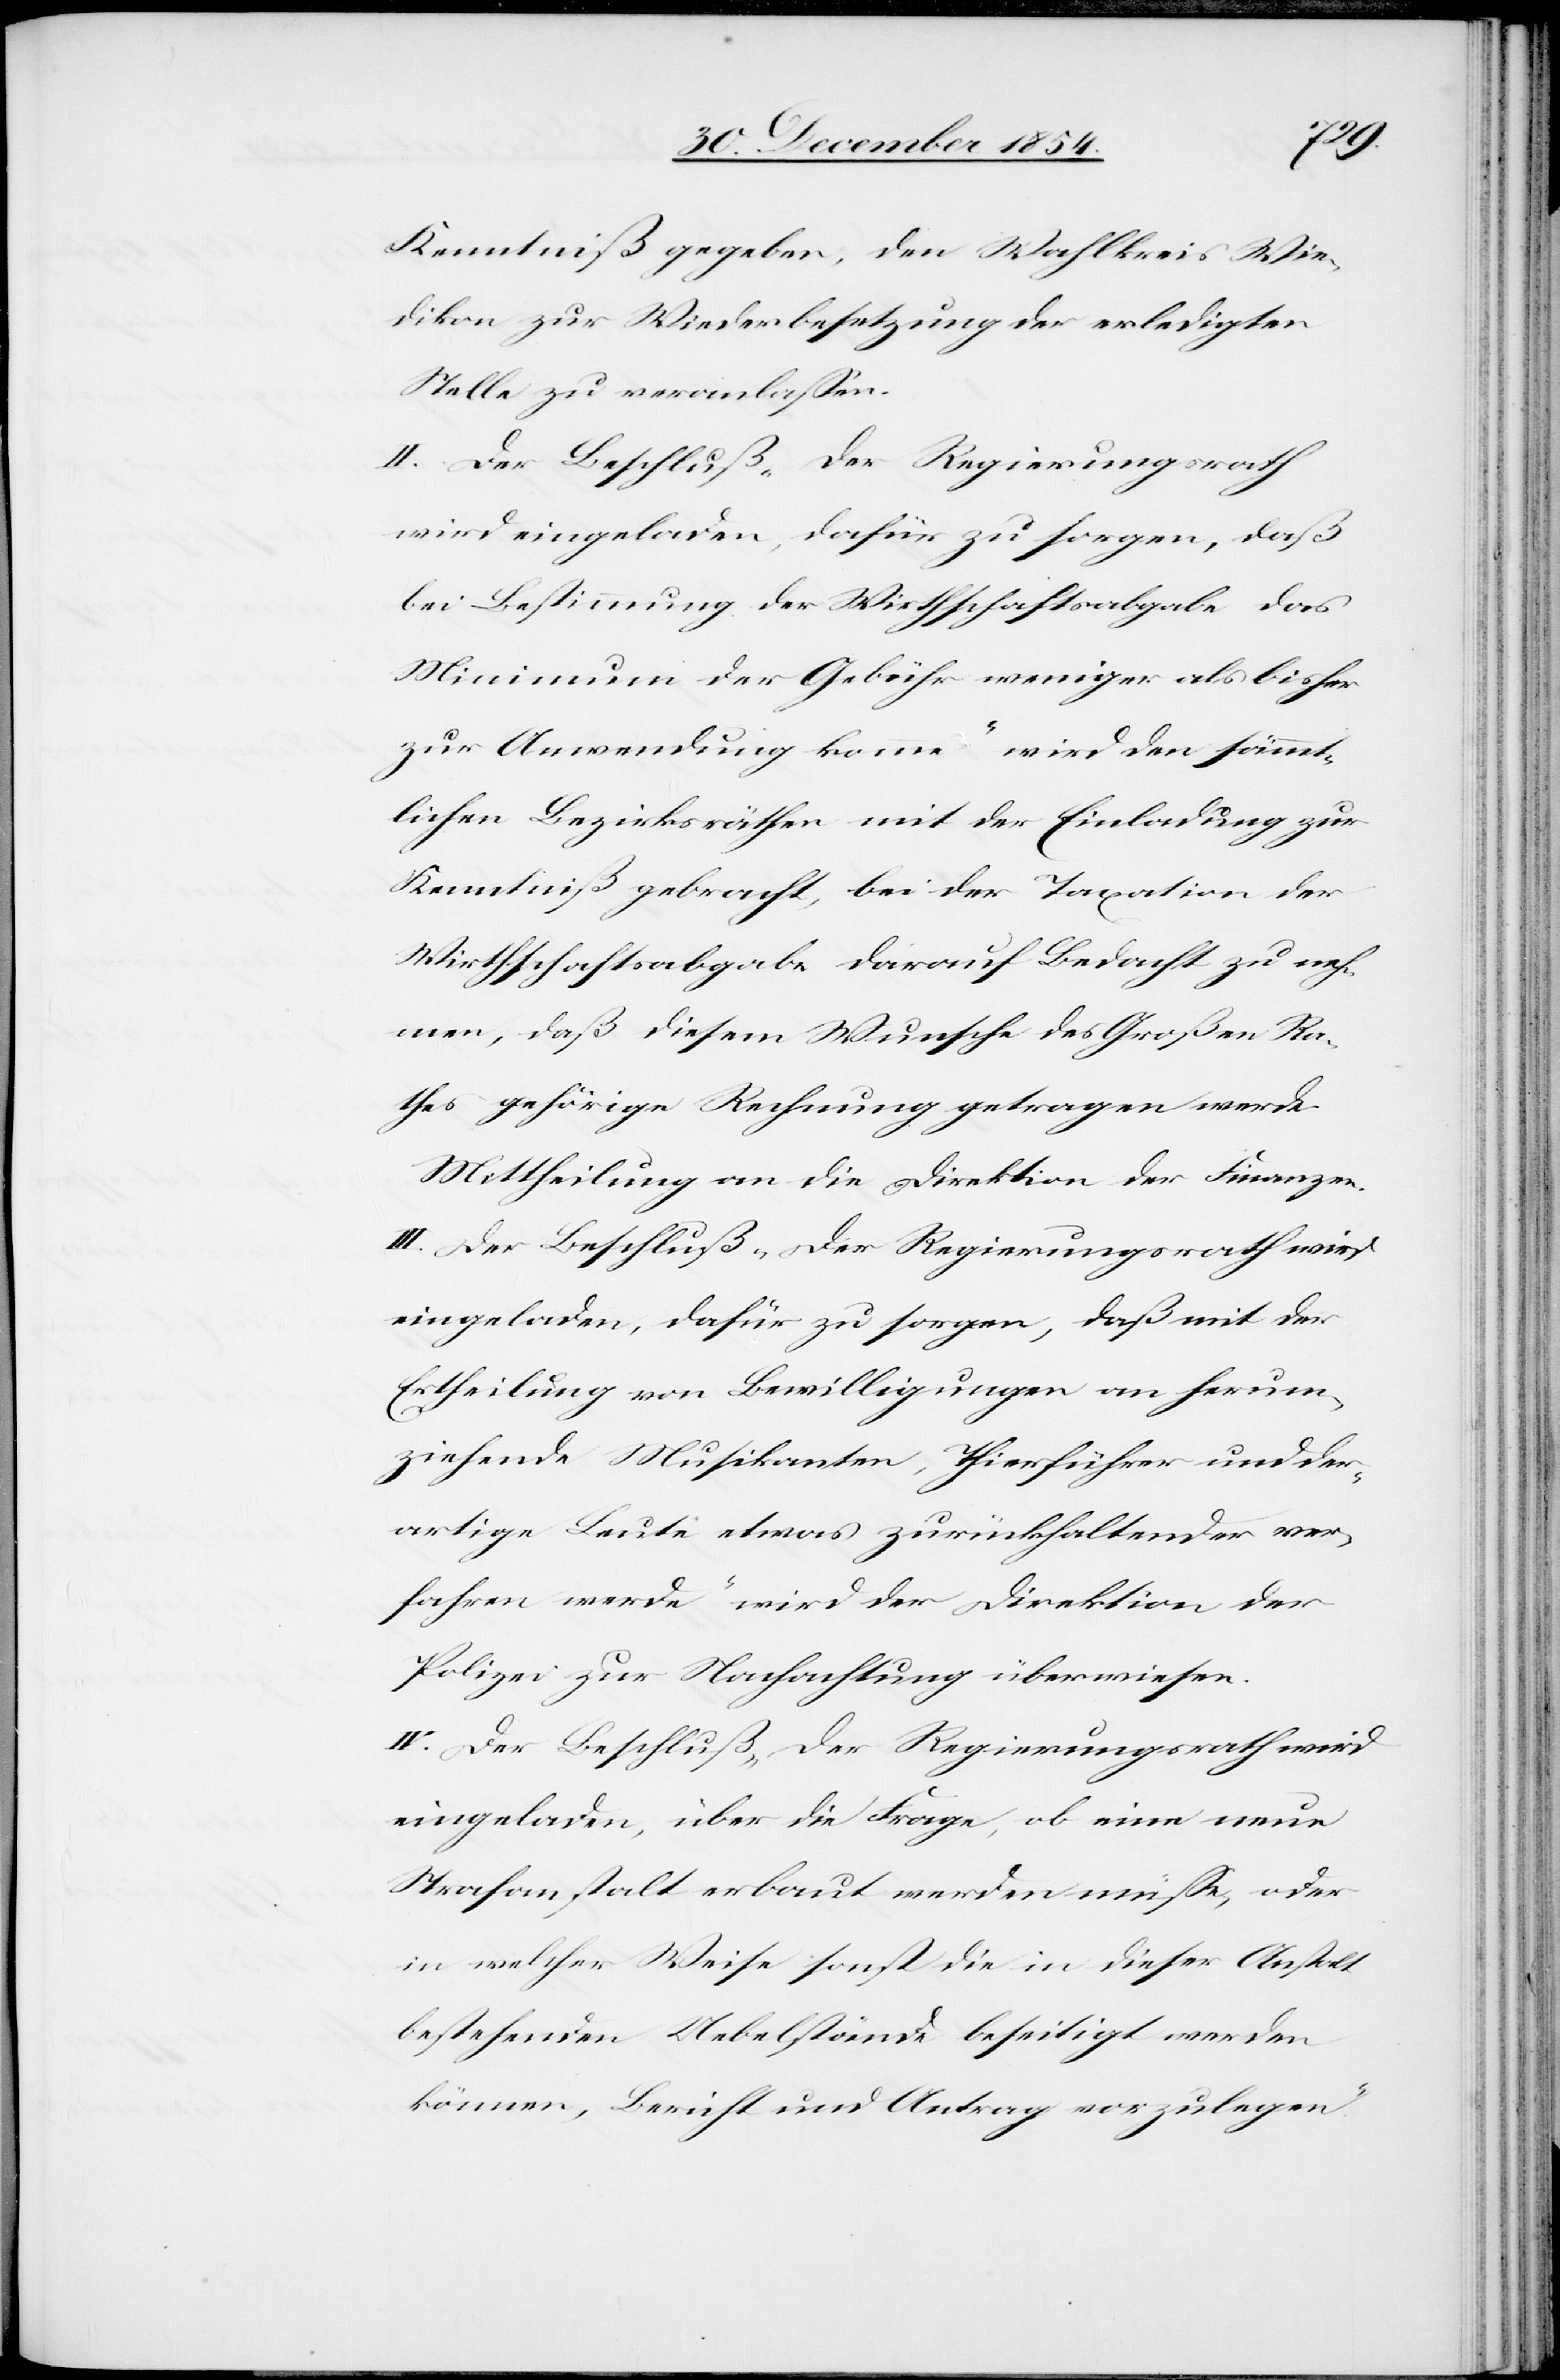
Kenntniß gegeben, den Wahlkreis Wie¬
dikon zur Wiederbesetzung der erledigten
Stelle zu veranlaßen.
II.[)] Der Beschluß „Der Regierungsrath
wird eingeladen, dafür zu sorgen, daß
die Bestimmung der Wirthschaftsabgabe das
Minimum der Gebühr weniger als bisher
zur Anwendung komme“ wird den sämmt¬
lichen Bezirksräthen mit der Einladung zur
Kenntniß gebracht, bei der Taxation der
Wirthschaftsabgabe darauf Bedacht zu neh¬
men, daß diesem Wunsche des Großen Ra¬
thes gehörig Rechnung getragen werde.
Mittheilung an die Direktion der Finanzen.
III.[)] Der Beschluß „Der Regierungsrath wird
eingeladen, dafür zu sorgen, daß mit der
Ertheilung von Bewilligungen an herum¬
ziehende Musikanten, Thierführer und der¬
artige Leute etwas zurückhaltender ver¬
fahren werde“ wird der Direktion der
Polizei zur Nachachtung überwiesen.
IV.[)] Der Beschluß „Der Regierungsrath wird
eingeladen, über die Frage, ob eine neue
Strafanstalt erbaut werden müße, oder
in welcher Weise sonst die in dieser Anstalt
bestehenden Uebelstände beseitigt werden
können, Bericht und Antrag vorzulegen“